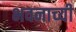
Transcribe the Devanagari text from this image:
भवनाच्यी